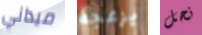
ميداني يزعجه نحل